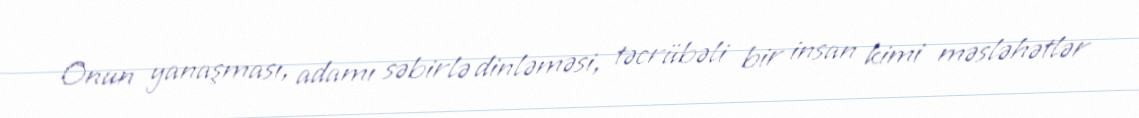
Onun yanaşması, adamı səbirlə dinləməsi, təcrübəli bir insan kimi məsləhətlər